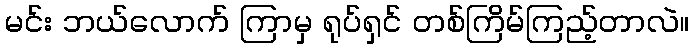
မင်း ဘယ်လောက် ကြာမှ ရုပ်ရှင် တစ်ကြိမ်ကြည့်တာလဲ။